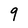
Character: 9